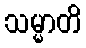
သမ္မာတိ